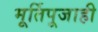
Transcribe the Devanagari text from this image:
मूर्तिपूजाही